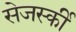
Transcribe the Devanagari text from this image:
सेजर्स्की